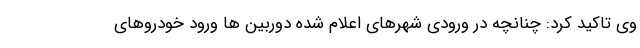
وی تاکید کرد: چنانچه در ورودی شهرهای اعلام شده دوربین ها ورود خودروهای